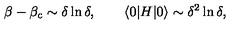
\beta - \beta _ { \mathrm { c } } \sim \delta \ln \delta , \qquad \langle 0 | H | 0 \rangle \sim \delta ^ { 2 } \ln \delta ,